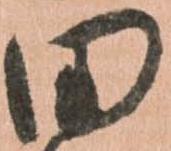
田